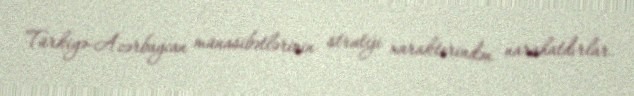
Türkiyə-Azərbaycan münasibətlərinin strateji xarakterindən narahatdırlar.